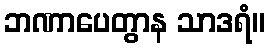
ဘဏာပေတွာန သာဒရံ။